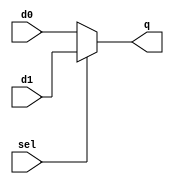
`timescale 1ns / 1ps
//////////////////////////////////////////////////////////////////////////////////
// Company: 
// Engineer: 
// 
// Design Name: 
// Module Name:    mux 
// Project Name: 
// Target Devices: 
// Tool versions: 
// Description: 
//
// Dependencies: 
//
// Revision: 
// Revision 0.01 - File Created
// Additional Comments: 
//
//////////////////////////////////////////////////////////////////////////////////
module mux
  #(parameter N = 8)
   (input wire sel,
    input wire [N-1:0] d0,
    input wire [N-1:0] d1,
    output wire [N-1:0] q);

   assign q = (sel ? d1 : d0);

endmodule // mux